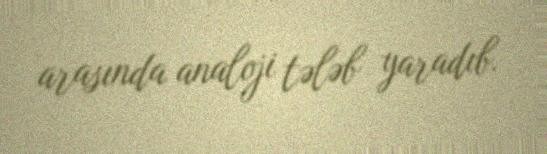
arasında analoji tələb yaradıb.